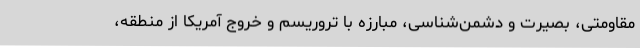
مقاومتی، بصیرت و دشمن‌شناسی، مبارزه با تروریسم و خروج آمریکا از منطقه،